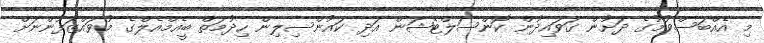
މި އެއްބަސްވުމުގެ ދަށުން ގަވައިދުން ކޮންސަލްޓޭޝަން އަދި ކައުންސިލިން ހިދުމަތް ބީއެމްއެލްގެ މުވައްޒަފުންނަށް